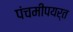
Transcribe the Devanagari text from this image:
पंचमीपयर्त